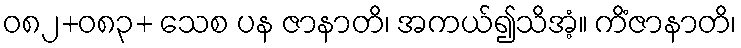
ဝ၈၂+၀၈၃+ သေစ ပန ဇာနာတိ၊ အကယ်၍သိအံ့။ ကိံဇာနာတိ၊